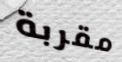
مقربة